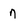
Character: 7